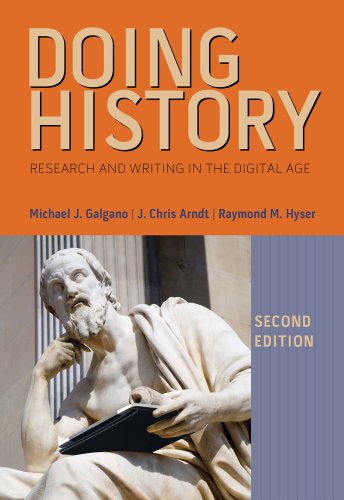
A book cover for Doing History: Research and Writing in the Digital Age; Michael J. Galgano; History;